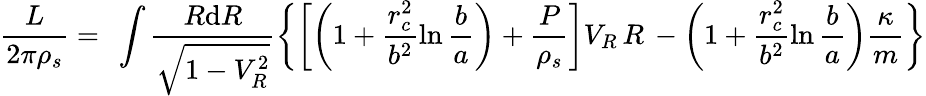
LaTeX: \frac L{2\pi\rho_{s}}=\ \int\frac{R\mathrm{d}R}{\sqrt{1-V_{R}^{2}}}\left\{ \left[\left(1+\frac{r_{c}^{2}}{b^{2}}\ln\frac ba\right)+\frac P{\rho_{s}}\right]V_{R}\, R\, -\left(1+\frac{r_{c}^{2}}{b^{2}}\ln\frac ba\right)\frac\kappa m\right\}